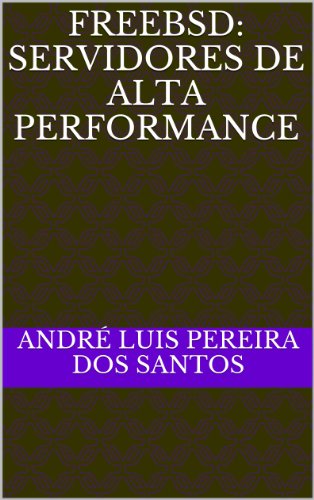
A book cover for FreeBSD: Servidores de Alta Performance (Portuguese Edition); AndrÃ© Luis Pereira dos Santos; Computers & Technology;